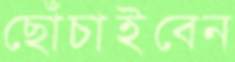
ছোঁচাইবেন